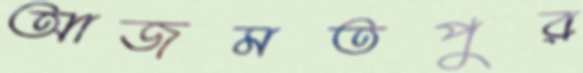
আজমতপুর